画像に写った文字を読んでください
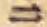
「ニ」と書いてあります